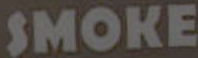
SMOKE